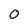
Character: 0